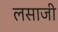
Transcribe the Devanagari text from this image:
लसाजी